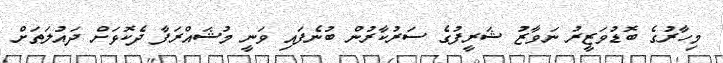
މިހާރުގެ ބޮޑުވަޒީރު ނަވާޒު ޝަރީފުގެ ސަރުކާރުން ބުނެފައި ވަނީ މުޝައްރަފާ ދެކޮޅަށް ދައުލަތަށް